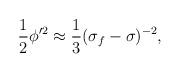
LaTeX: \begin{align*}{\frac{1}{2}\phi'^2\approx \frac{1}{3}(\sigma_f-\sigma)^{-2},}\end{align*}